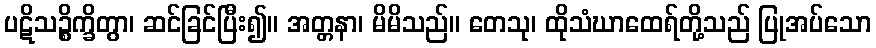
ပဋိသဉ္စိက္ခိတွာ၊ ဆင်ခြင်ပြီး၍။ အတ္တနာ၊ မိမိသည်။ တေသု၊ ထိုသံဃာထေရ်တို့သည် ပြုအပ်သော